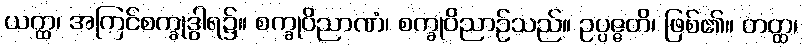
ယတ္ထ၊ အကြင်စက္ခုဒွါရ၌။ စက္ခုဝိညာဏံ၊ စက္ခုဝိညာဉ်သည်။ ဥပ္ပဇ္ဇတိ၊ ဖြစ်၏။ တတ္ထ၊